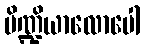
ပိဏ္ဍိယာလောပေါ